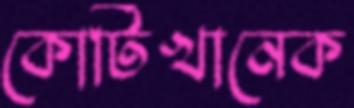
কোটিখানেক